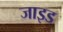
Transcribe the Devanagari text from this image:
जाइड